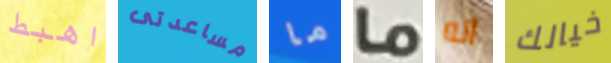
اهبط مساعدتى ما ما انه خيالك